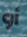
أو